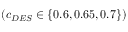
\left( c _ { D E S } \in \{ 0 . 6 , 0 . 6 5 , 0 . 7 \} \right)